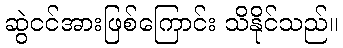
ဆွဲငင်အားဖြစ်ကြောင်း သိနိုင်သည်။